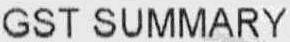
GST SUMMARY